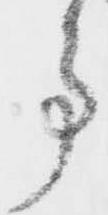
事